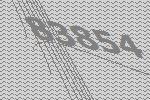
83854